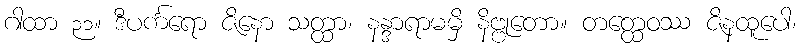
ဂါထာ ၃၁။ ဒီပင်္ကရော ဇိနော သတ္ထာ၊ နန္ဒာရာမမှိ နိဗ္ဗုတော။ တတ္ထေဝဿ ဇိနထူပေါ၊